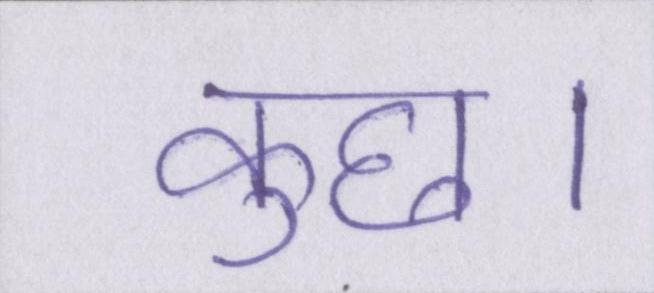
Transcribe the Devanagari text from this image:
कुछ।